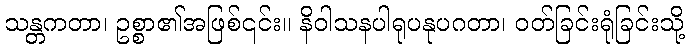
သန္တကတာ၊ ဥစ္စာ၏အဖြစ်၎င်း။ နိဝါသနပါရုပနုပဂတာ၊ ဝတ်ခြင်းရုံခြင်းသို့